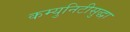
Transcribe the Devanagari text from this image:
कम्युनिटीसुद्धा